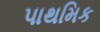
પાથમિક